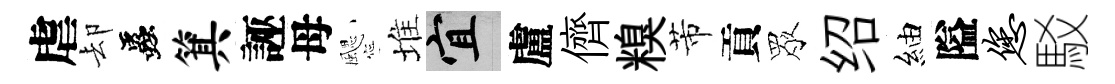
虐却蟲箕誣母颸堆宜盧儕糗芾貢眾绍紬隘您駁